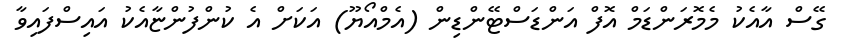
ގޭސް އާއެކު މެމޮރަންޑަމް އޮފް އަންޑަސްޓޭންޑިން (އެމްއޯޔޫ) އަކަށް އެ ކުންފުންޏާއެކު އައިސްފައިވާ